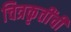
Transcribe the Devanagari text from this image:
चित्रकृतींची